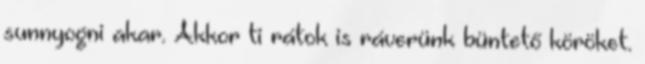
sunnyogni akar. Akkor ti rátok is ráverünk büntető köröket.